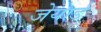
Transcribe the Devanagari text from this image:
जेयार्ड